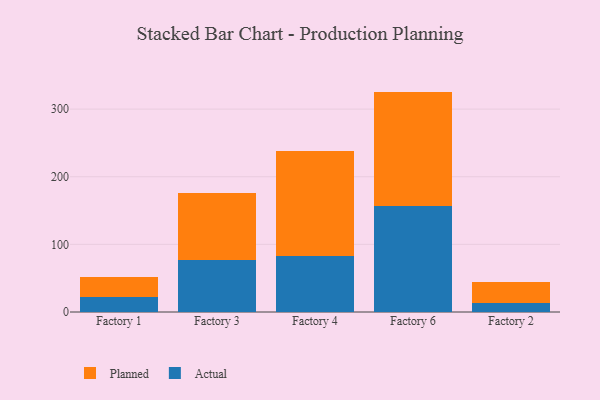
{"axis": {"x": "Factory", "y": "Market Share (%)"}, "legend": ["Actual", "Planned"], "data": [{"x": "Factory 1", "y": 22.8, "type": "Actual"}, {"x": "Factory 1", "y": 29.4, "type": "Planned"}, {"x": "Factory 3", "y": 76.2, "type": "Actual"}, {"x": "Factory 3", "y": 99.3, "type": "Planned"}, {"x": "Factory 4", "y": 83.0, "type": "Actual"}, {"x": "Factory 4", "y": 155.7, "type": "Planned"}, {"x": "Factory 6", "y": 157.4, "type": "Actual"}, {"x": "Factory 6", "y": 168.5, "type": "Planned"}, {"x": "Factory 2", "y": 13.4, "type": "Actual"}, {"x": "Factory 2", "y": 30.3, "type": "Planned"}]}